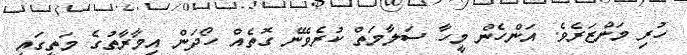
ހުރި މަންޒަރެވެ. އަންހެން މީހާ ސަލާމަތް ކުރެވޭނެ ގޮތެއް ހޯދަން އިމާރާތުގެ މަތީގައި